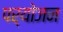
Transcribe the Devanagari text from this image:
पर्योजन